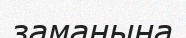
заманына